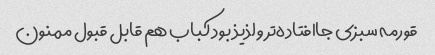
قورمه سبزی جاافتاده‌تر و لذیذ بود کباب هم قابل قبول ممنون